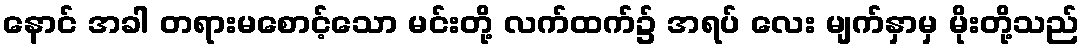
နောင် အခါ တရားမစောင့်သော မင်းတို့ လက်ထက်၌ အရပ် လေး မျက်နှာမှ မိုးတို့သည်